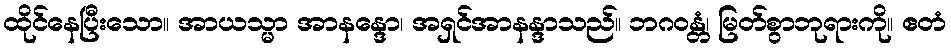
ထိုင်နေပြီးသော။ အာယသ္မာ အာနန္ဒော၊ အရှင်အာနန္ဒာသည်။ ဘဂဝန္တံ၊ မြတ်စွာဘုရားကို။ ဧတံ